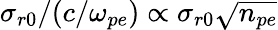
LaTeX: \sigma_{r0}/(c/\omega_{pe})\propto\sigma_{r0}\sqrt{n_{pe}}